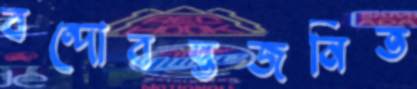
বন্দোবস্তজনিত